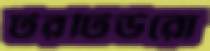
টরটিউরো